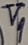
Text: V9